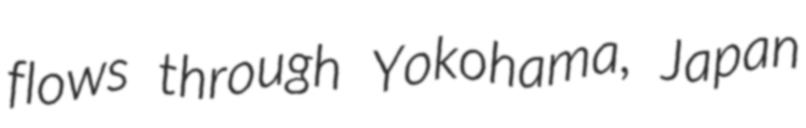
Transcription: flows through Yokohama, Japan